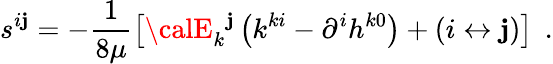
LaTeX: s^{i\mathbf{j}}=-\frac{1}{{8\mu}}\left[{\calE}_{k}{}^{\mathbf{j}}\left(k^{ki}-\partial^{i}h^{k0}\right)+\left(i\leftrightarrow\mathbf{j}\right)\right]\; \, .